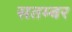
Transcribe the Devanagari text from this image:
सतम्बर